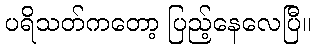
ပရိသတ်ကတော့ ပြည့်နေလေပြီ။